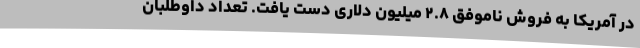
در آمریکا به فروش ناموفق ۲.۸ میلیون دلاری دست یافت. تعداد داوطلبان